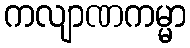
ကလျာဏကမ္မာ